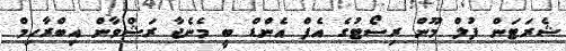
ޝެރަޓަން ފުލް މޫން ރިސޯޓުގެ އެފް އެންްޑް ބީ މެނެޖާ ރަޝްވާން އިބްރާހިމް